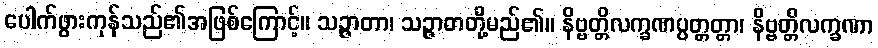
ပေါက်ဖွားကုန်သည်၏အဖြစ်ကြောင့်။ သဉ္ဇာတာ၊ သဉ္ဇာတတို့မည်၏။ နိဗ္ဗတ္တိလက္ခဏပ္ပတ္တတ္တာ၊ နိဗ္ဗတ္တိလက္ခဏာ